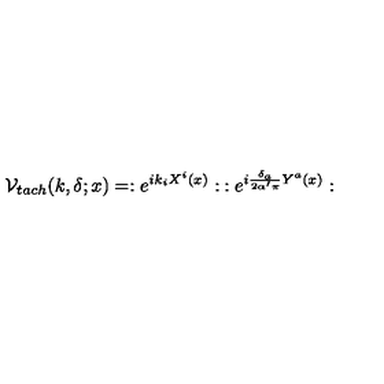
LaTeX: { \cal V } _ { t a c h } ( k , \delta ; x ) = : e ^ { i k _ { i } X ^ { i } ( x ) } : \: : e ^ { i \frac { \delta _ { a } } { 2 \alpha ^ { \prime } \pi } Y ^ { a } ( x ) } :